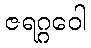
ဇရဂ္ဂဝေါ